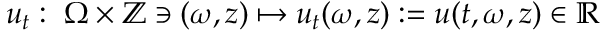
u _ { t } : \; \Omega \times \mathbb { Z } \ni ( \omega , z ) \mapsto u _ { t } ( \omega , z ) : = u ( t , \omega , z ) \in \mathbb { R }